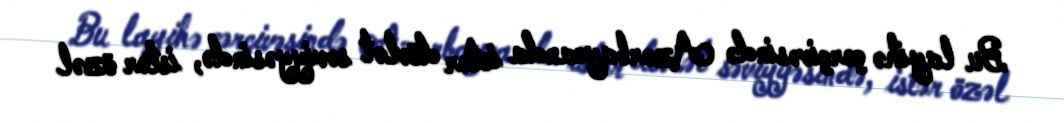
Bu layihə çərçivəsində Azərbaycanda istər dövlət səviyyəsində, istər özəl